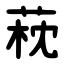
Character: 萙